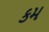
કમ